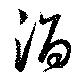
酒